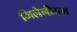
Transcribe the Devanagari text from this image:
मिलेनीयम